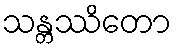
သန္တဿိတော